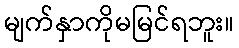
မျက်နှာကိုမမြင်ရဘူး။